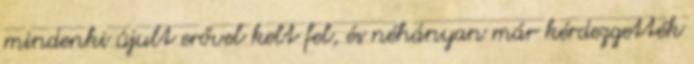
mindenki újult erővel kelt fel, és néhányan már kérdezgették